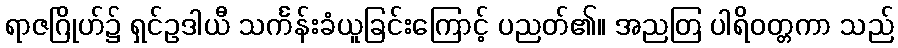
ရာဇဂြိုဟ်၌ ရှင်ဥဒါယီ သင်္ကန်းခံယူခြင်းကြောင့် ပညတ်၏။ အညတြ ပါရိဝတ္တကာ သည်